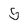
Character: 5